system: You are a helpful assistant.
user:
Analyze the provided spectrum to determine if it is a **S-type Star**.

- **Key Indicators for S-type Star:**

    - **(Overall Spectrum Shape):** The first and most obvious characteristic is the overall continuum (the "baseline" shape). It is **extremely "red-sloping,"** meaning the flux (light intensity) is very low on the left side (blue, ~4000-4500 Å) and rises steeply and continuously toward the right side (red, ~7000 Å+).

    - **(Primary):** The spectrum is defined by the presence of strong, broad molecular absorption "valleys" (bands) from **Zirconium Oxide (ZrO)**. The identification of these bands is the **primary requirement** for classifying a star as S-type.
        - **(Key Bandheads):** You must find distinct, deep "dips" where the light has been absorbed. The most critical band systems to locate are:
            - **~6474 Å** ($\gamma$-system): This is often the strongest and clearest ZrO feature, found in the red part of the spectrum.
            - **~5718 Å** & **~5551 Å** ($\beta$-system): A pair of prominent absorption features in the yellow-orange part of the spectrum.
            - **~4640 Å** ($\alpha$-system): A key absorption band system in the blue-green region of the spectrum.

    - **(Secondary Confirmation):** The classification is strengthened by finding additional absorption bands from other related heavy element oxides, which are expected to be present alongside ZrO.
        - **(Key Bandheads):**
            - **Yttrium Oxide (YO):** Look for absorption dips near **~4800 Å** and **~6100 Å**.
            - **Lanthanum Oxide (LaO):** Additional absorption features, particularly in the red-orange part of the spectrum, are also characteristic.

    - **(Line Profile):** The combination of the steep red continuum and these numerous, deep molecular bands (ZrO, YO, etc.) gives the entire spectrum a very **"chopped-up"** or **"bumpy"** appearance. Instead of a smooth curve, the spectrum looks as though large, wide chunks of light have been "carved out" of it at the specific wavelengths listed above.

Think first, call **spectral_visualization_tool** if needed to examine features in detail, then provide your final answer. Your response must adhere to the following strict rules:
1.  **Overall Structure:** Your response must follow the format `<think>...</think> <tool_call>...</tool_call> (if a tool is used) <answer>...</answer>`.
2.  **Tool Usage Constraint:** You may only make **one** tool call per turn.
3.  **Final Answer Format:** In the `<answer>` tag, your conclusion must be inside a `\boxed{}` command (e.g., `\boxed{YES}` or `\boxed{NO}`), followed by your justification.

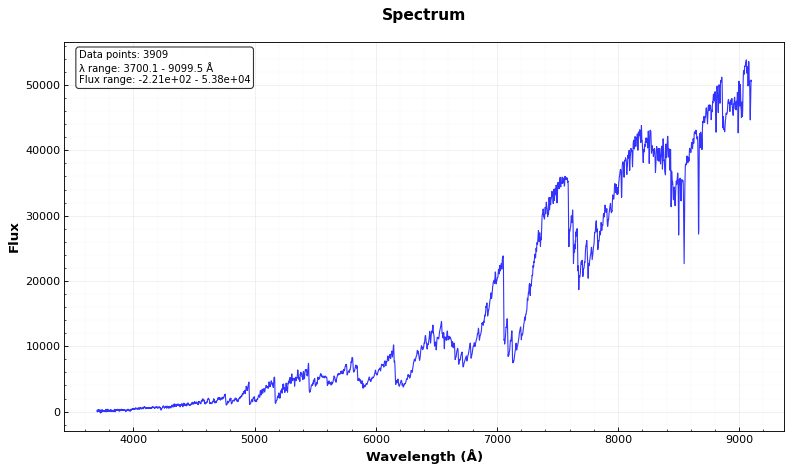
Answer: YES